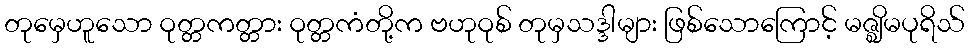
တုမှေဟူသော ဝုတ္တကတ္တား ဝုတ္တကံတို့က ဗဟုဝုစ် တုမှသဒ္ဒါများ ဖြစ်သောကြောင့် မဇ္ဈိမပုရိသ်